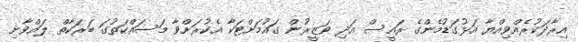
އިރާދަކުރެއްވިއްޔާ އަޅުގަޑުމެންގެ ރައީސް އަދި ވަޒީރުން ގައުމަށްޓަކާ އެކުރަށްވާ މަސައްކަތުގަ ބަރަކާތް ލައްވާށި